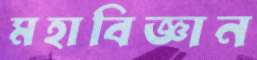
মহাবিজ্ঞান